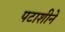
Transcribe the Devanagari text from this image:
पटाशीने